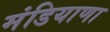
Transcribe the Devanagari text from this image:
मंडियाणा